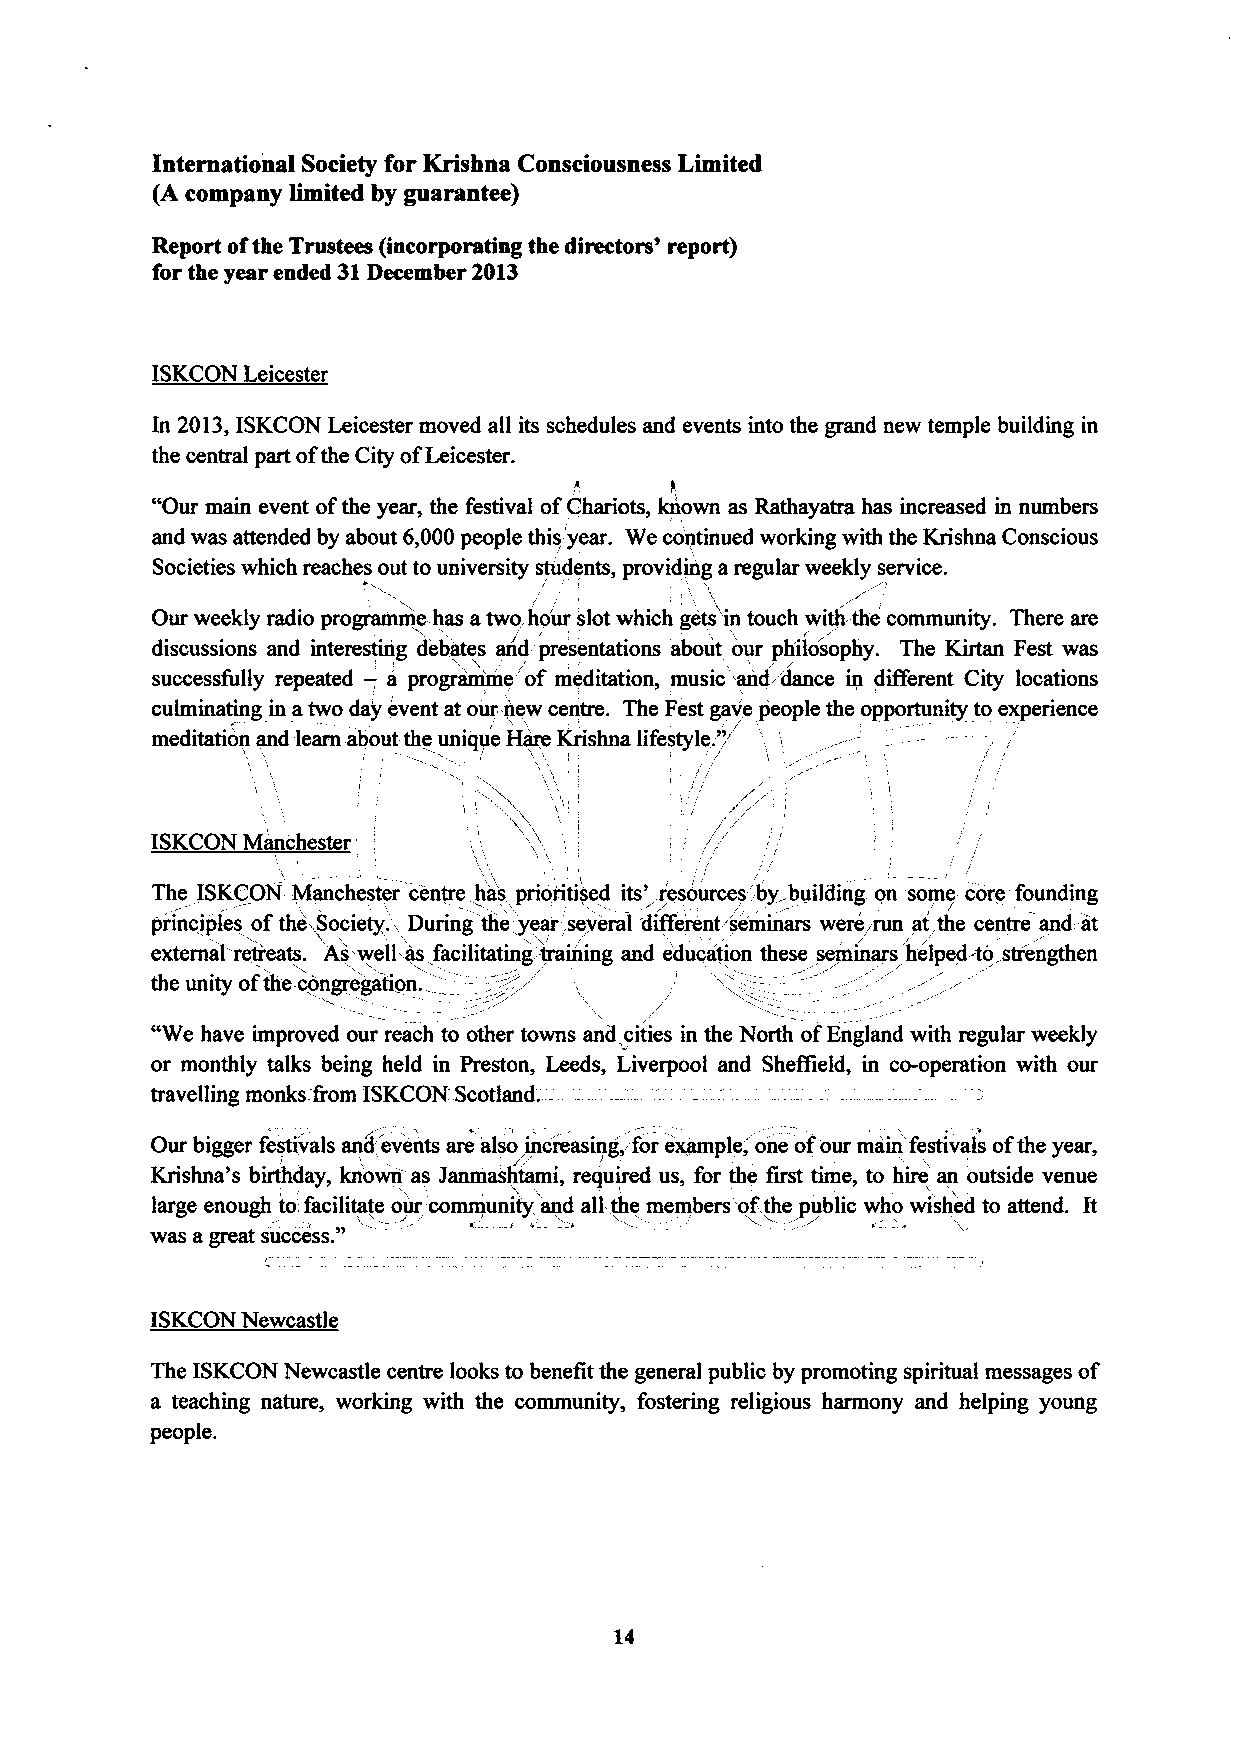
International Society for Krishna Consciousness Limited
 (A company limited by guarantee)
 Report ofthe Trustees (incorporating the directors' report)
 for the year ended 31December 2013
 ISKCON Leicester
 In 2013,ISKCON Leicester moved all its schedules and events into the grand new temple building in
 the central part ofthe City ofLeicester.
 "Our main event ofthe year, the festival ofChariots, known as Rathayatra has increased in numbers
 and was attended by about 6,000people thisyear. We co'ntinued working with the Krishna Conscious
 Societies which reaches out to university students, providing a regular weekly service.
 /
 Our weekly radio progriunme. has atwo, ho'ur slot which gets'in touch with. the community. There are
 / /
 discussions and interesting debates and presentations about our philosophy. The Kirtan Fest was
 successfully repeated —,a programme'of meditation, music'and dance in different City locations
 culminating in atwo day event at our.new centre. The Fest ga 'v /'e people the opportunity to experience
 ,,
 meditation and learn about- the unique Hare Krishna lifestyle/
 //
 /             /    I              /
 /
 I
 /,
 /
 ISKCON Manchester '                  / //
 /               /            /
 /
 The ISKCON- Manchester centre. has prioritised its'.r'esources'. by building on some core founding
 principles ofthe~Society. 'L During the 'year, several different seininars were, run at,the centre and:-at
 external retreats. ~As'well as.facilitating'training and education these seminars helped-to strengthen
 the unity ofthe-congregation.
 "We have improved our reach to other towns and cities in the North ofEngland with regular weekly
 or monthly talks being held in Preston, Leeds, Liverpool and Sheffield, in co-operation with our
 travelling monks &om ISKCON Scotland.                  /
 1
 Our bigger festivals and'events are 'also increasing', /for e'xample, one ofour main/festivals ofthe year,
 / '
 /                  L
 Krishna's birthday, kn'own as Janmashtami, required us, for the first time, to hire an outside venue
 large enough to:facilitate our community, and all the members'of, the public who wished to attend. It
 "
 was agreat success.                             E
 ISKCON Newcastle
 The ISKCON Newcastle centre looks to benefit the general public by promoting spiritual messages of
 a teaching nature, working with the community, fostering religious harmony and helping young
 people.
 14